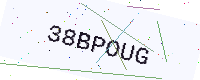
Text: 38BPOUG